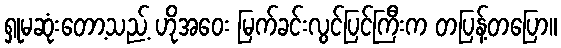
ရှုမဆုံးတော့သည့် ဟိုအဝေး မြက်ခင်းလွင်ပြင်ကြီးက တပြန့်တပြော။